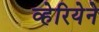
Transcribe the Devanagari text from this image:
व्हेरियेने